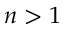
n > 1